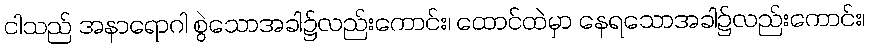
ငါသည် အနာရောဂါ စွဲသောအခါ၌လည်းကောင်း၊ ထောင်ထဲမှာ နေရသောအခါ၌လည်းကောင်း၊